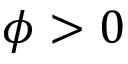
\phi > 0